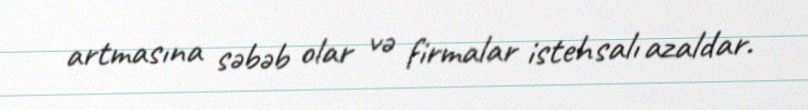
artmasına səbəb olar və firmalar istehsalı azaldar.